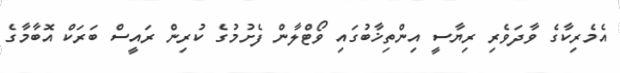
އެމެރިކާގެ ވާދަވެރި ރިޔާސީ އިންތިޚާބުގައި ވޯޓްލާން ފެށުމުގެ ކުރިން ރައީސް ބަރަކް އޮބާމާގެ